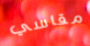
مقاسي